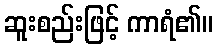
ဆူးစည်းဖြင့် ကာရံ၏။